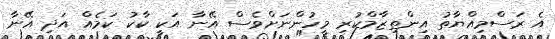
އެ ރަސްމިއްޔާތު އިންތިޒާމްކުރި މީހުންނަށްވެސް އޭނާ އަކީ ކާކު ކަމެއް އަދި އޭނާ